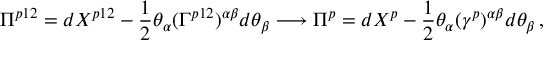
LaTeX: \Pi ^ { p 1 2 } = d X ^ { p 1 2 } - \frac { 1 } { 2 } \theta _ { \alpha } ( \Gamma ^ { p 1 2 } ) ^ { \alpha \beta } d \theta _ { \beta } \longrightarrow \Pi ^ { p } = d X ^ { p } - \frac { 1 } { 2 } \theta _ { \alpha } ( \gamma ^ { p } ) ^ { \alpha \beta } d \theta _ { \beta } \, ,